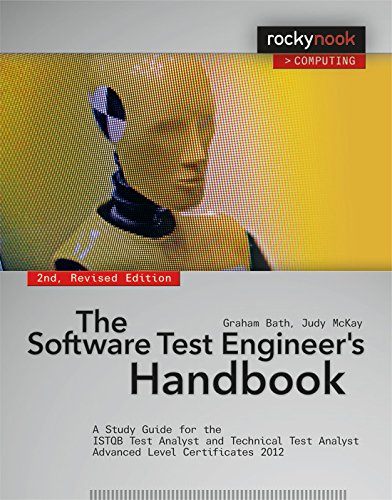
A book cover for The Software Test Engineer's Handbook, 2nd Edition: A Study Guide for the ISTQB Test Analyst and Technical Test Analyst Advanced Level Certificates 2012 (Rocky Nook Computing); Graham Bath; Computers & Technology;